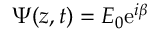
\Psi ( z , t ) = E _ { 0 } \mathrm { e } ^ { i \beta }